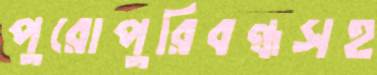
পুরোপুরিবন্ধসহ